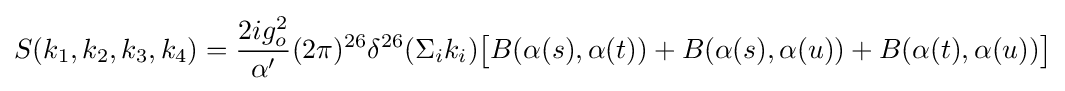
S(k_{1},k_{2},k_{3},k_{4})={\frac {2ig_{o}^{2}}{\alpha '}}(2\pi )^{26}\delta ^{26}(\Sigma _{i}k_{i}){\big [}B(\alpha (s),\alpha (t))+B(\alpha (s),\alpha (u))+B(\alpha (t),\alpha (u)){\big ]}